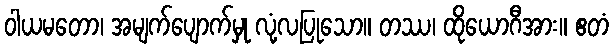
ဝါယမတော၊ အမျက်ပျောက်မှု လုံ့လပြုသော။ တဿ၊ ထိုယောဂီအား။ ဧတံ